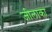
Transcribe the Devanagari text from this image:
जीलाका